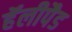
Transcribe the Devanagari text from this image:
हॅलीपैड